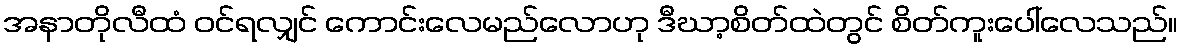
အနာတိုလီထံ ဝင်ရလျှင် ကောင်းလေမည်လောဟု ဒီဃာ့စိတ်ထဲတွင် စိတ်ကူးပေါ်လေသည်။